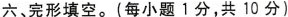
六、完形填空.(每小题1分,共10分)